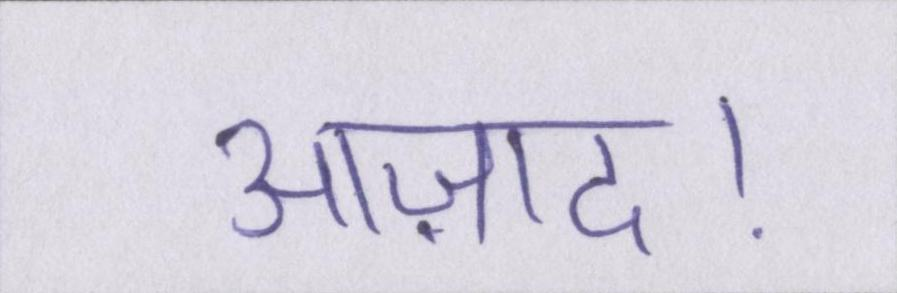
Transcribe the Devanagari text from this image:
आज़ाद।